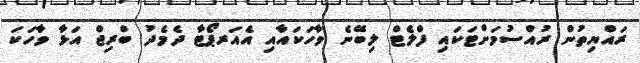
ރައްޔިތުން ރުއްސުމަށްޓަކައި ފްލެޓް ލިބޭނެ ވާހަކައާއި އެއަރޕޯޓާ ދެމެދު ބްރިޖް އަޅާ ވާހަކަ